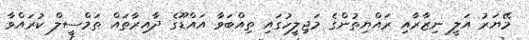
މޭޔަރު އަލީ ނިޒާރާއި ރައްޔިތުންގެ މަޖިލީހުގައި ތިއްބަވާ އައްޑޫގެ ދާއިރާތައް ތަމްސީލް ކުރައްވާ